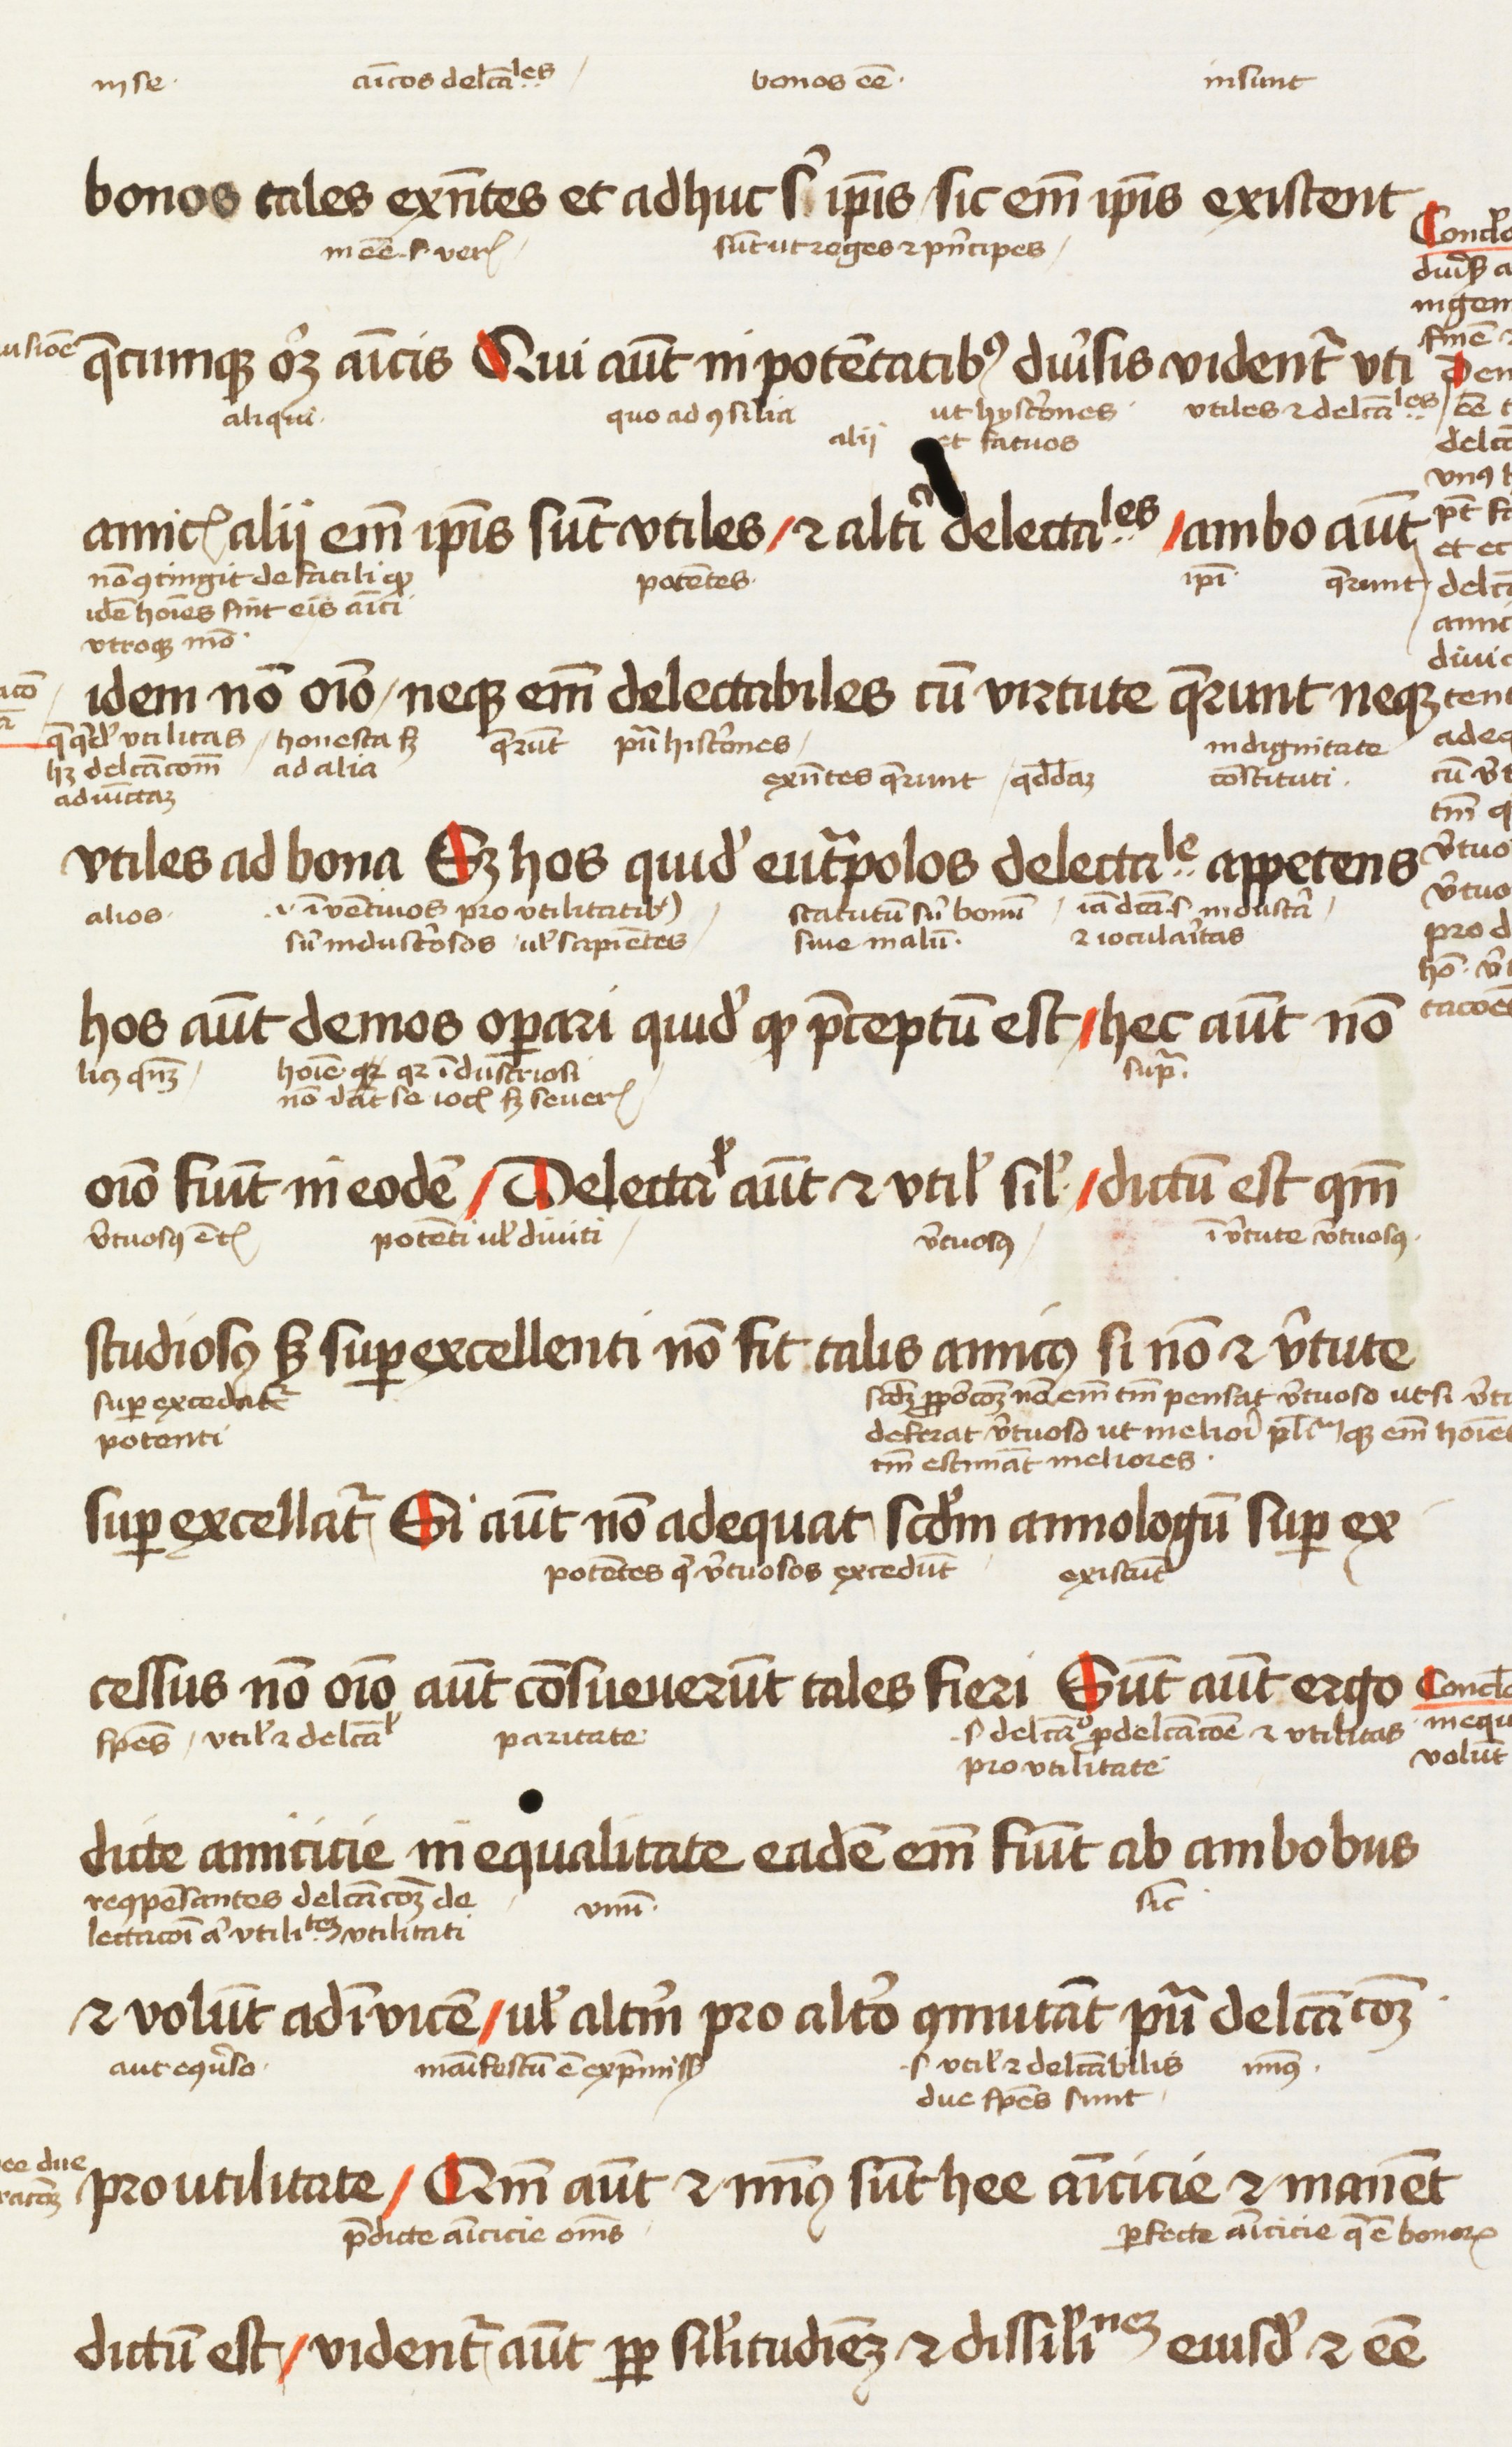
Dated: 1450–1474